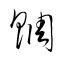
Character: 賙